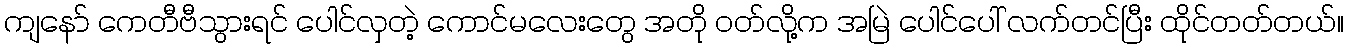
ကျနော် ကေတီဗီသွားရင် ပေါင်လှတဲ့ ကောင်မလေးတွေ အတို ဝတ်လို့က အမြဲ ပေါင်ပေါ် လက်တင်ပြီး ထိုင်တတ်တယ်။